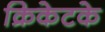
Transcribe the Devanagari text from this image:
क्रिकेटके